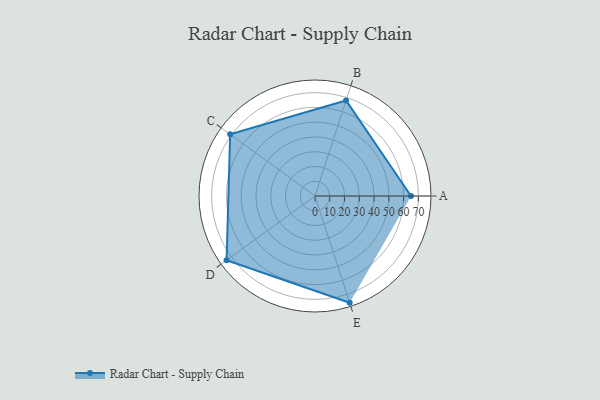
{"axis": {"x": "Skill", "y": "Score"}, "legend": ["Profile"], "data": [{"x": "A", "y": 65.0, "type": "Profile"}, {"x": "B", "y": 68.0, "type": "Profile"}, {"x": "C", "y": 71.0, "type": "Profile"}, {"x": "D", "y": 74.0, "type": "Profile"}, {"x": "E", "y": 76.0, "type": "Profile"}]}